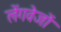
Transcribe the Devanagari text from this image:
लेंगवेजों